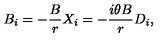
B _ { i } = - \frac { B } { r } X _ { i } = - \frac { i \theta B } { r } D _ { i } , \nonumber